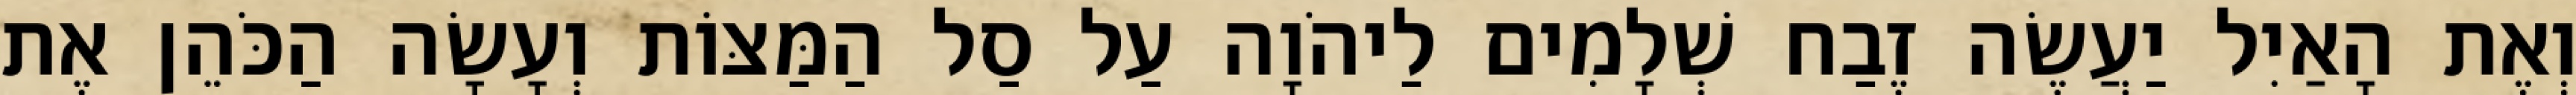
וְאֶת הָאַיִל יַעֲשֶׂה זֶבַח שְׁלָמִים לַיהֹוָה עַל סַל הַמַּצּוֹת וְעָשָׂה הַכֹּהֵן אֶת